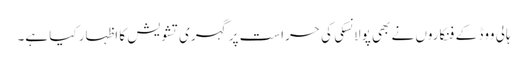
ہالی ووڈ کے فنکاروں نے بھی پولانسکی کی حراست پر گہری تشویش کا اظہار کیا ہے۔